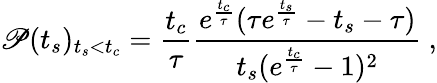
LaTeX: \mathscr{P}(t_{s})_{t_{s}<t_{c}}=\frac{t_{c}}{\tau}\frac{e^{\frac{t_{c}}{\tau}}(\tau e^{\frac{t_{s}}{\tau}}-t_{s}-\tau)}{t_{s}(e^{\frac{t_{c}}{\tau}}-1)^{2}}~,